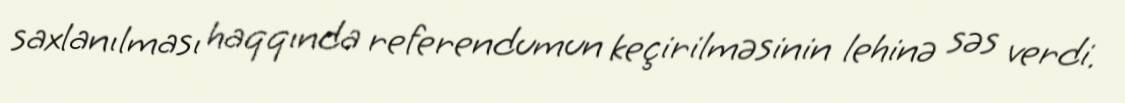
saxlanılması haqqında referendumun keçirilməsinin lehinə səs verdi.